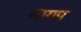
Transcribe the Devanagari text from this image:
बागप